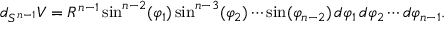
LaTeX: d _ { S ^ { n - 1 } } V = R ^ { n - 1 } \sin ^ { n - 2 } ( \varphi _ { 1 } ) \sin ^ { n - 3 } ( \varphi _ { 2 } ) \cdots \sin ( \varphi _ { n - 2 } ) \, d \varphi _ { 1 } \, d \varphi _ { 2 } \cdots d \varphi _ { n - 1 } .